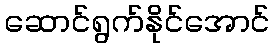
ဆောင်ရွက်နိုင်အောင်